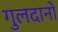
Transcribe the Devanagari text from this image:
गुलदानों